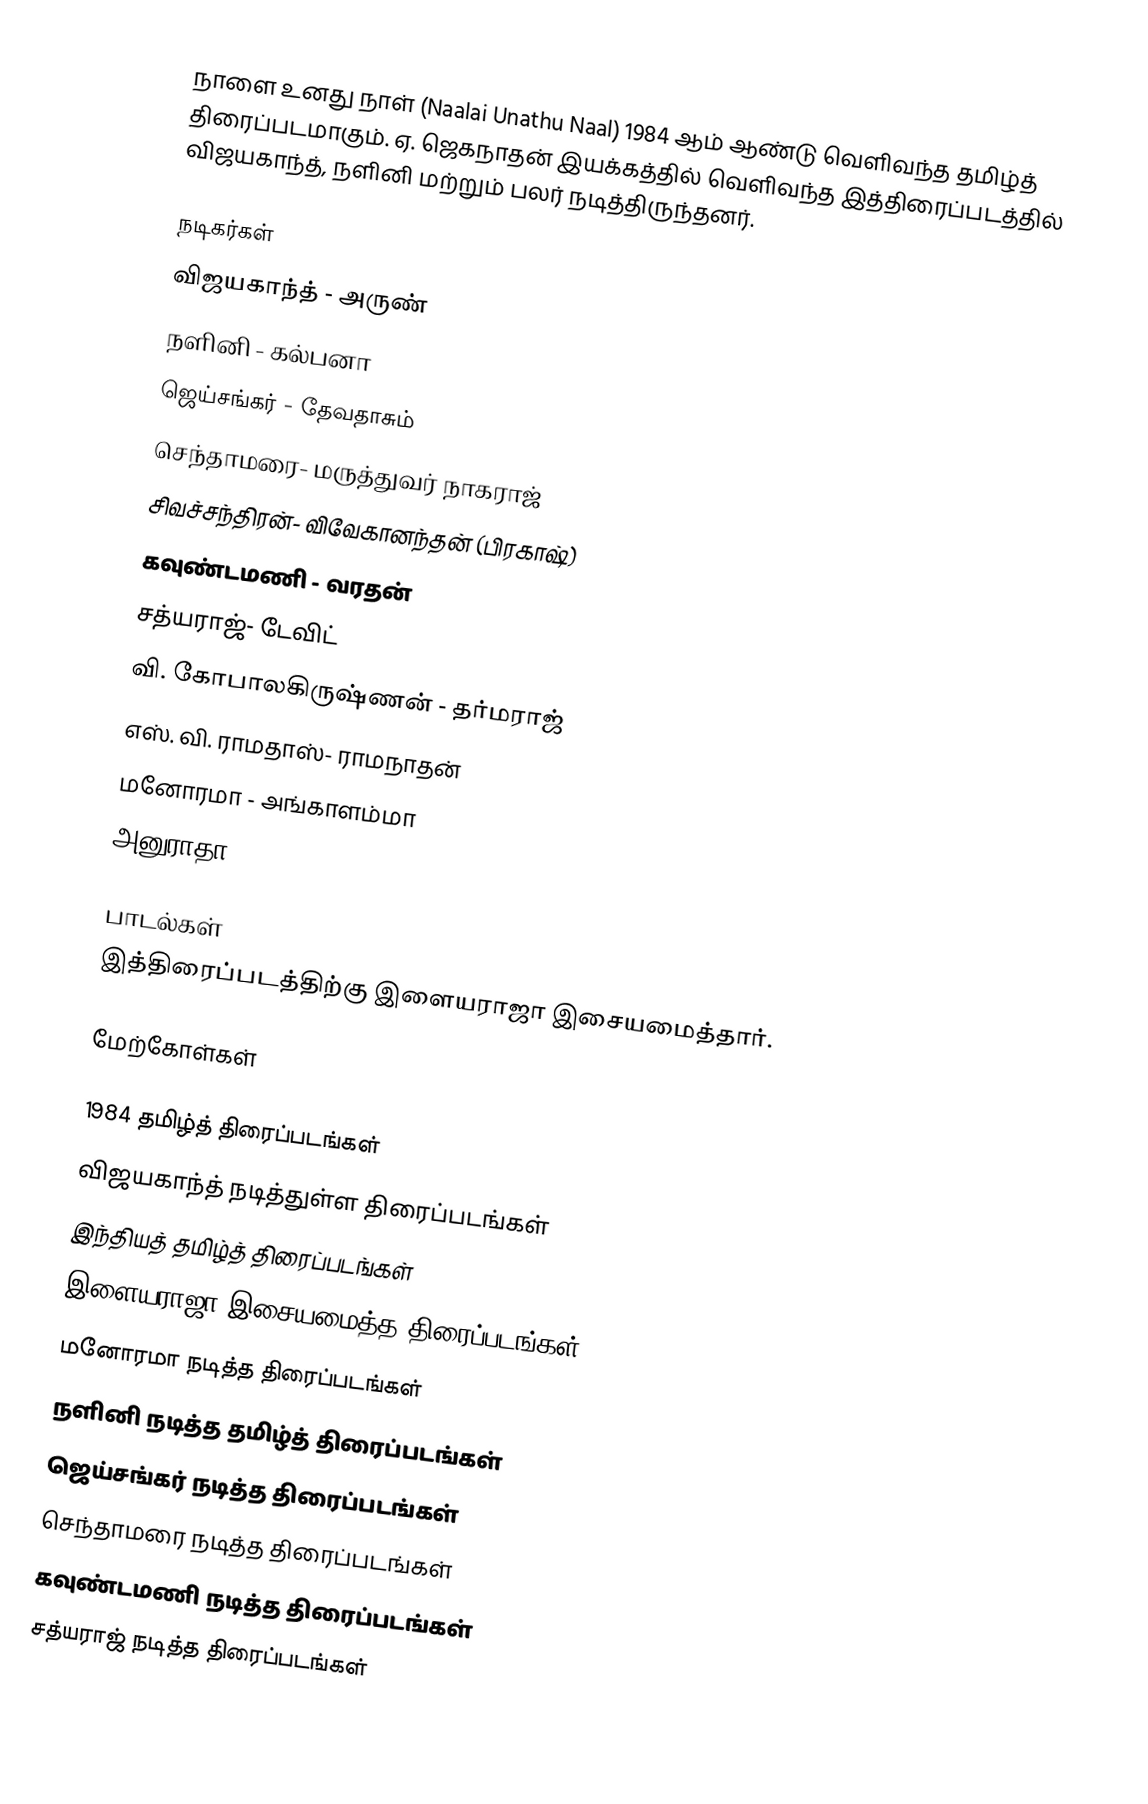
நாளை உனது நாள் (Naalai Unathu Naal) 1984 ஆம் ஆண்டு வெளிவந்த தமிழ்த் திரைப்படமாகும். ஏ. ஜெகநாதன் இயக்கத்தில் வெளிவந்த இத்திரைப்படத்தில் விஜயகாந்த், நளினி மற்றும் பலர் நடித்திருந்தனர்.

நடிகர்கள்
 விஜயகாந்த் - அருண்
 நளினி - கல்பனா
 ஜெய்சங்கர் - தேவதாசும்
 செந்தாமரை- மருத்துவர் நாகராஜ்
 சிவச்சந்திரன்- விவேகானந்தன் (பிரகாஷ்)
 கவுண்டமணி - வரதன்
 சத்யராஜ்- டேவிட்
 வி. கோபாலகிருஷ்ணன் - தர்மராஜ்
 எஸ். வி. ராமதாஸ்- ராமநாதன்
 மனோரமா - அங்காளம்மா
 அனுராதா

பாடல்கள்
இத்திரைப்படத்திற்கு இளையராஜா இசையமைத்தார்.

மேற்கோள்கள்

1984 தமிழ்த் திரைப்படங்கள்
விஜயகாந்த் நடித்துள்ள திரைப்படங்கள்
இந்தியத் தமிழ்த் திரைப்படங்கள்
இளையராஜா இசையமைத்த திரைப்படங்கள்
மனோரமா நடித்த திரைப்படங்கள்
நளினி நடித்த தமிழ்த் திரைப்படங்கள்
ஜெய்சங்கர் நடித்த திரைப்படங்கள்
செந்தாமரை நடித்த திரைப்படங்கள்
கவுண்டமணி நடித்த திரைப்படங்கள்
சத்யராஜ் நடித்த திரைப்படங்கள்